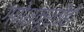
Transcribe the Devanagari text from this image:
गणेशमूर्तीही